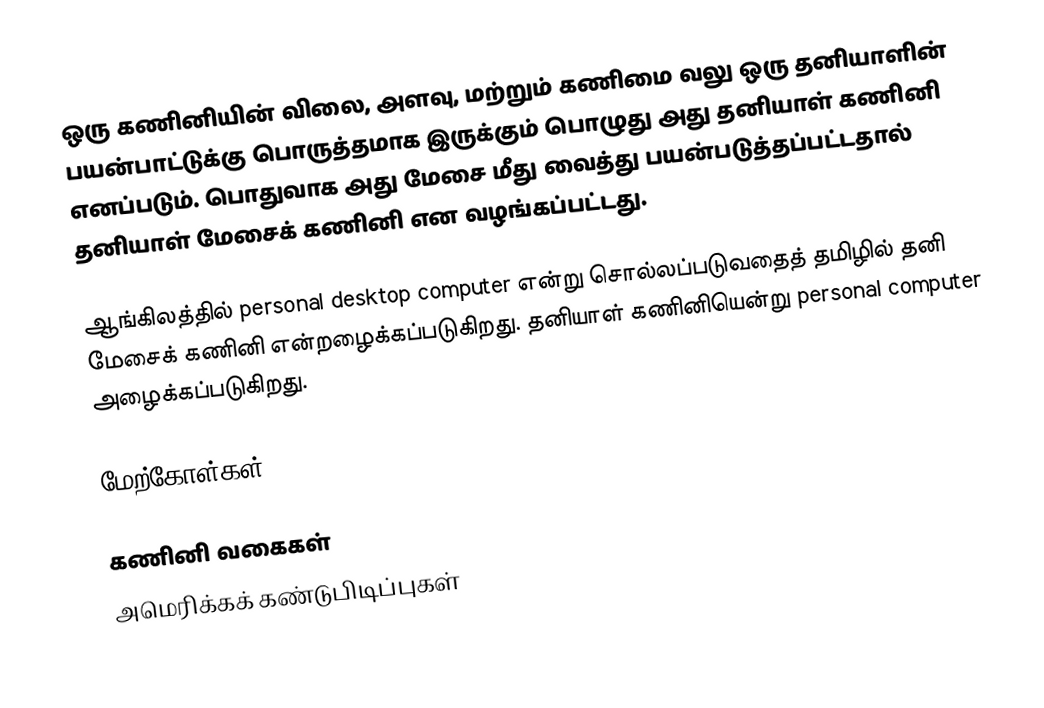
ஒரு கணினியின் விலை, அளவு, மற்றும் கணிமை வலு ஒரு தனியாளின் பயன்பாட்டுக்கு பொருத்தமாக இருக்கும் பொழுது அது தனியாள் கணினி எனப்படும். பொதுவாக அது மேசை மீது வைத்து பயன்படுத்தப்பட்டதால் தனியாள் மேசைக் கணினி என வழங்கப்பட்டது.

ஆங்கிலத்தில் personal desktop computer என்று சொல்லப்படுவதைத் தமிழில் தனி மேசைக் கணினி என்றழைக்கப்படுகிறது. தனியாள் கணினியென்று personal computer அழைக்கப்படுகிறது.

மேற்கோள்கள்

கணினி வகைகள்
அமெரிக்கக் கண்டுபிடிப்புகள்